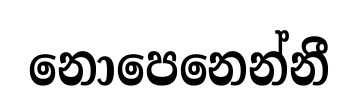
නොපෙනෙන්නී